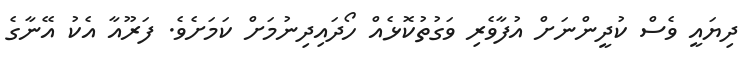
ދިޔައީ ވެސް ކުދީންނަށް އުފާވެރި ވަގުތުކޮޅެއް ހޯދައިދިނުމަށް ކަމަށެވެ. ފަރޫއާ އެކު އޭނާގެ